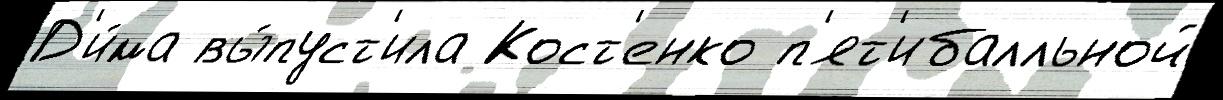
Д'и́ма вы́пуст'ила Кост'енко п'ят'ибалльной